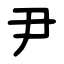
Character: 尹